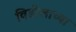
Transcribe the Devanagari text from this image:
विडीलाच्या